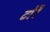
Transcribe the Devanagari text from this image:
टोरै